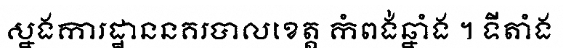
ស្នងការដ្ឋាននគរបាលខេត្ត កំពង់ឆ្នាំង ។ ទីតាំង